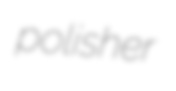
polisher